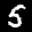
Label: 5